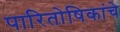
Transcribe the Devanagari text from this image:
पारितोषिकांचे